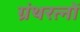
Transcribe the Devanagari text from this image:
ग्रंथरत्नों